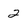
Character: 2